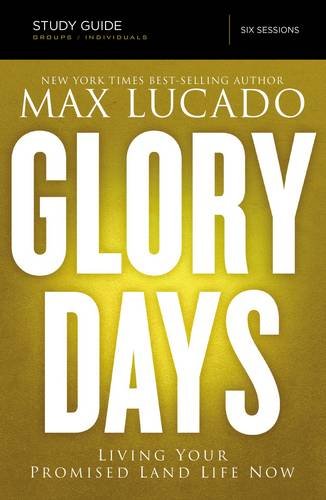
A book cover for Glory Days Study Guide with DVD: Living Your Promised Land Life Now; Max Lucado; Christian Books & Bibles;